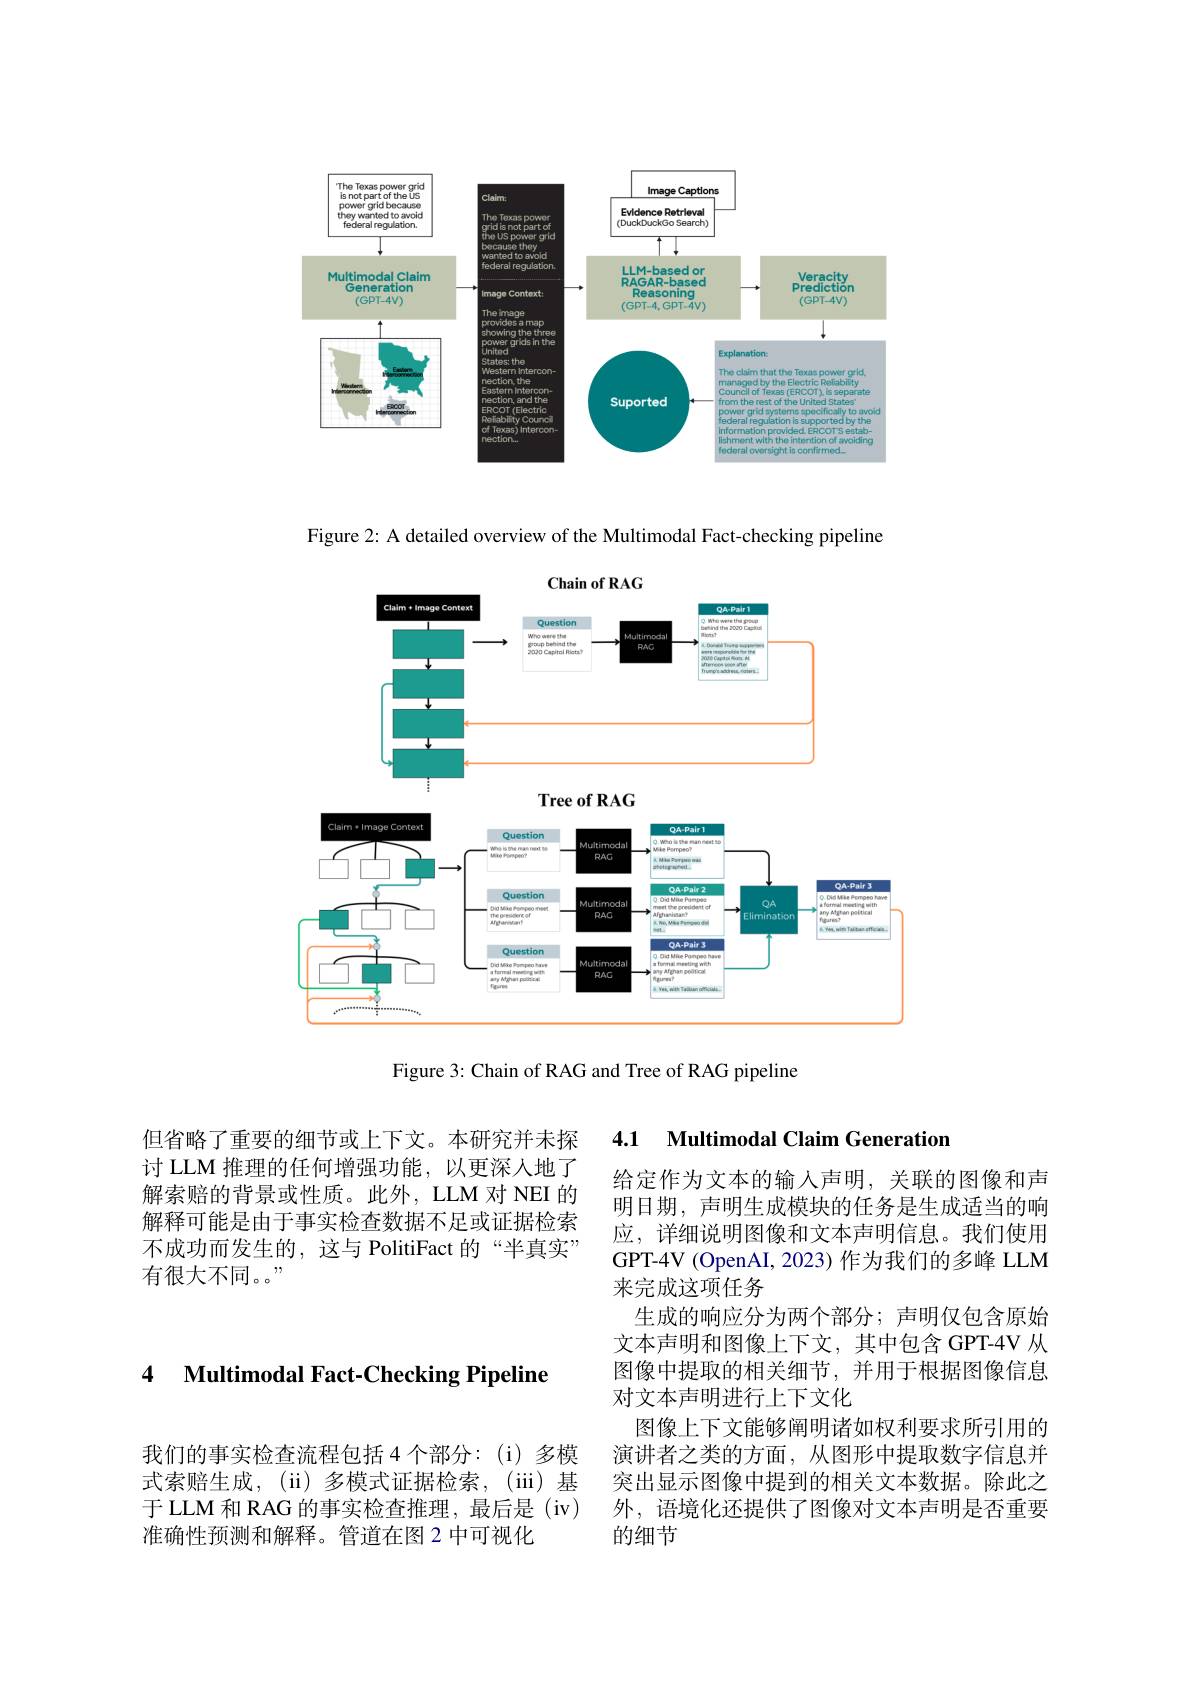
<FigureHere>

Figure 2: A detailed overview of the Multimodal Fact-checking pipeline

<FigureHere>

Figure 3: Chain of RAG and Tree of RAG pipeline

但省略了重要的细节或上下文。本研究并未探讨 LLM 推理的任何增强功能，以更深人地了解索赔的背景或性质。此外，LLM 对 NEI 的解释可能是由于事实检查数据不足或证据检索不成功而发生的，这与 PolitiFact 的“半真实” 有很大不同。。”

4.1 Multimodal Claim Generation

给定作为文本的输入声明，关联的图像和声明日期，声明生成模块的任务是生成适当的响应，详细说明图像和文本声明信息。我们使用GPT-4V (OpenAI, 2023) 作为我们的多峰 LLM 来完成这项任务
生成的响应分为两个部分；声明仅包含原始文本声明和图像上下文，其中包含 GPT-4V 从图像中提取的相关细节，并用于根据图像信息对文本声明进行上下文化
图像上下文能够阐明诸如权利要求所引用的演讲者之类的方面，从图形中提取数字信息并突出显示图像中提到的相关文本数据。除此之外，语境化还提供了图像对文本声明是否重要的细节

### 4 Multimodal Fact-Checking Pipeline

我们的事实检查流程包括 4 个部分：(i) 多模式索赔生成，(ii)多模式证据检索，(iii)基于 LLM 和 RAG 的事实检查推理，最后是 (iv) 准确性预测和解释。管道在图 2 中可视化